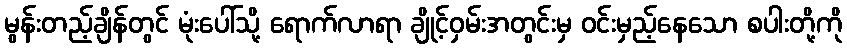
မွန်းတည့်ချိန်တွင် မုံးပေါ်သို့ ရောက်လာရာ ချိုင့်ဝှမ်းအတွင်းမှ ဝင်းမှည့်နေသော စပါးတို့ကို